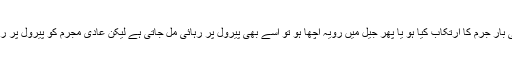
کسی مجرم نے پہلی بار جرم کا ارتکاب کیا ہو یا پھر جیل میں رویہ اچھا ہو تو اسے بھی پیرول پر رہائی مل جاتی ہے لیکن عادی مجرم کو پیرول پر رہائی نہیں دی جاتی۔